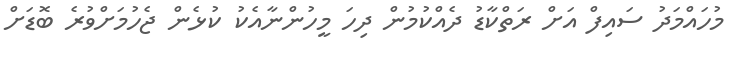
މުހައްމަދު ސައިފް އަށް ރަތްކާޑު ދެއްކުމުން ދިހަ މީހުންނާއެކު ކުޅެން ޖެހުމަށްވުރެ ބޮޑަށް